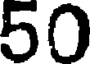
50